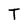
Character: T